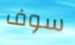
سوف